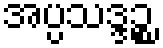
အပ္ပသဒ္ဒဉ္စ